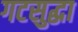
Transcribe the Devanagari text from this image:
गटसुद्धा